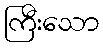
ကြီးသော